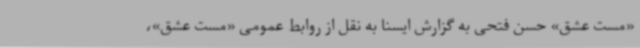
«مست عشق» حسن فتحی به گزارش ایسنا به نقل از روابط عمومی «مست عشق»،